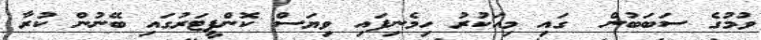
ވުމުގެ ސަބަބުން  ގައި މިއަކުރު ހިމެނިފައި ވިޔަސް ކޮންޕީޓަރުގައި ބޭނުން ކުރާ